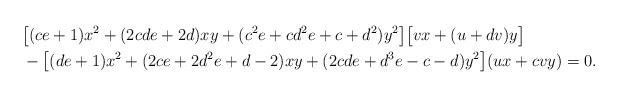
LaTeX: \begin{align*}&\bigl[ (ce+1)x^2+(2cde+2d)xy+(c^2e+cd^2e+c+d^2)y^2\bigr]\bigl[vx+(u+dv)y\bigr]\cr&-\bigl[(de+1)x^2+(2ce+2d^2e+d-2)xy+(2cde+d^3e-c-d)y^2\bigr](ux+cvy)=0.\end{align*}